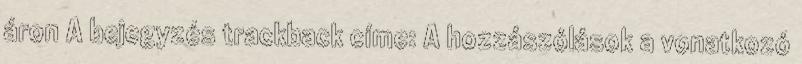
áron A bejegyzés trackback címe: A hozzászólások a vonatkozó